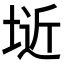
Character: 𭎱